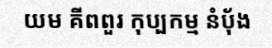
យម គីពពួរ កុប្បកម្ម នំប៉័ង